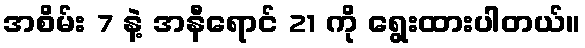
အစိမ်း 7 နဲ့ အနီရောင် 21 ကို ရွေးထားပါတယ်။